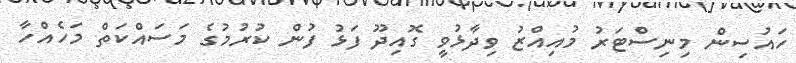
ހައުސިން މިނިސްޓަރު މުއިއްޒު ވިދާޅުވީ ގޮއިދޫ ފަޅު ފުން ކުރުމުގެ މަސައްކަތް މަހެއްހާ